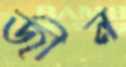
জীন